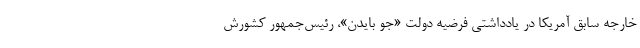
خارجه سابق آمریکا در یادداشتی فرضیه دولت «جو بایدن»، رئیس‌جمهور کشورش